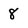
Character: 8